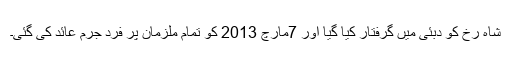
شاہ رخ کو دبئی میں گرفتار کیا گیا اور 7مارچ 2013 کو تمام ملزمان پر فرد جرم عائد کی گئی۔